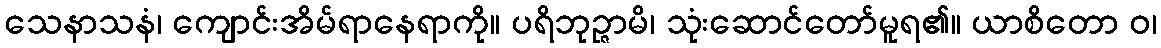
သေနာသနံ၊ ကျောင်းအိမ်ရာနေရာကို။ ပရိဘုဉ္ဇာမိ၊ သုံးဆောင်တော်မူရ၏။ ယာစိတော ဝ၊